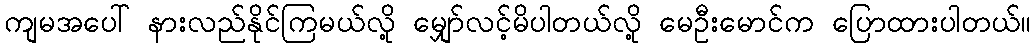
ကျမအပေါ် နားလည်နိုင်ကြမယ်လို့ မျှော်လင့်မိပါတယ်လို့ မေဦးမောင်က ပြောထားပါတယ်။